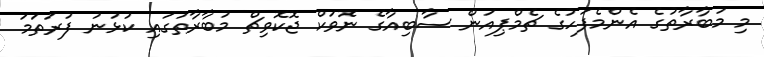
މި މުބާރާތުގެ އެންމެފަހުގެ ޗެމްޕިއަން ސާބިއާގެ ނޮވަކް ޖޮކޮވިޗް މުބާރާތުގައި ކުޅުނު ފުރަތަމަ